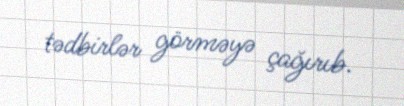
tədbirlər görməyə çağırıb.